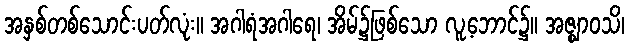
အနှစ်တစ်သောင်းပတ်လုံး။ အဂါရံအဂါရေ၊ အိမ်၌ဖြစ်သော လူ့ဘောင်၌။ အဇ္ဈာဝသိ၊